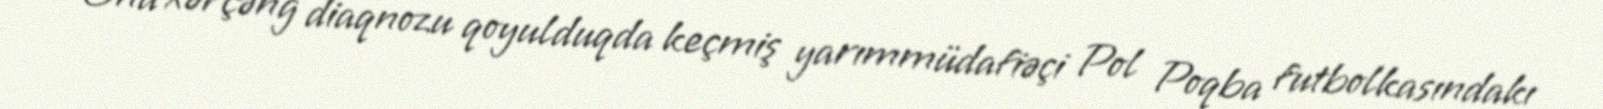
Ona xərçəng diaqnozu qoyulduqda keçmiş yarımmüdafiəçi Pol Poqba futbolkasındakı